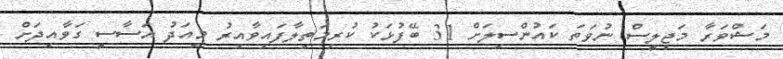
މަޝްވަރާ މަޖިލީސް ނުވަތަ ކައުންސިލަށް 31 ބޭފުޅަކު ކުރިމަތިލާފައިވާއިރު މިއަދު އަސާސީ ގަވާއިދަށް